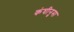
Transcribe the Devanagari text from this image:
कंघीनुमा